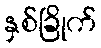
နှစ်ခြိုက်